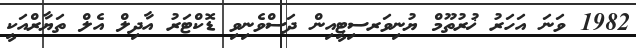
1982 ވަނަ އަހަރު ޚުރުތޫމް ޔުނިވަރސިޓީއިން ދަސްވެނިވި ޑޮކްޓަރު އާދިލް އެލް ތަޔާރްއަކީ